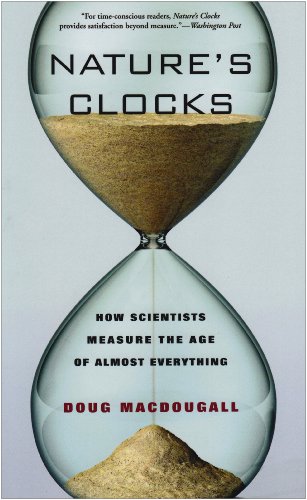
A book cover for Nature's Clocks: How Scientists Measure the Age of Almost Everything; Douglas Macdougall; Science & Math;